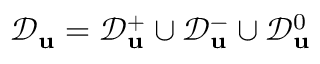
\mathcal { D } _ { \mathbf { u } } = \mathcal { D } _ { \mathbf { u } } ^ { + } \cup \mathcal { D } _ { \mathbf { u } } ^ { - } \cup \mathcal { D } _ { \mathbf { u } } ^ { 0 }